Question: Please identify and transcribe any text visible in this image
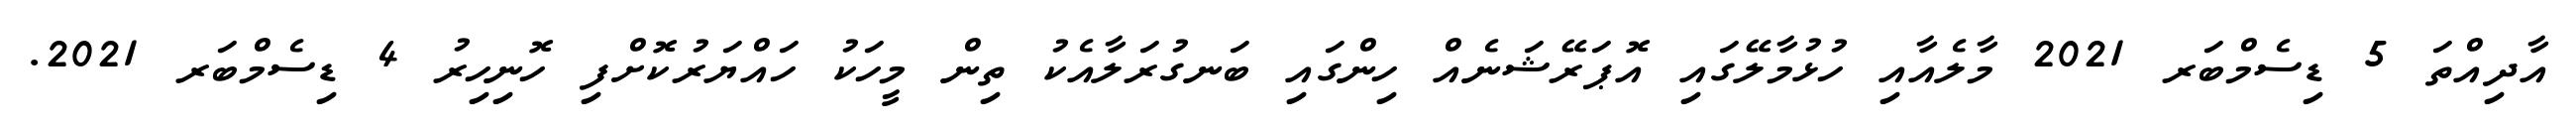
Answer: އާދިއްތަ 5 ޑިސެމްބަރ 2021 މާލެއާއި ހުޅުމާލޭގައި އޮޕަރޭޝަނެއް ހިންގައި ބަނގުރަލާއެކު ތިން މީހަކު ހައްޔަރުކޮށްފި ހޮނިހިރު 4 ޑިސެމްބަރ 2021.